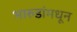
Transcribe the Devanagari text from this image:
भारुडांमधून